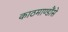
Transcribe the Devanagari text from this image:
काठमाण्डौंसे